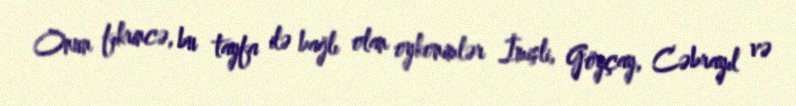
Onun fıkrincə, bu tayfa ilə bağlı olan oykonimlər İmişli, Göyçay, Cəbrayıl və